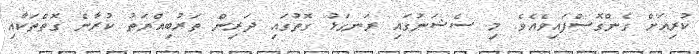
ކުރިއަށް ގެންގޮސްފައިވެއެވެ. މި ސެޝަނުގައި ރަނގަޅު ގޮތުގައި ދަރިން ތަރުބިއްޔަތު ކުރާނެ ގޮތްތަކާއި